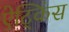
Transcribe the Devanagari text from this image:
ऐट्किंस